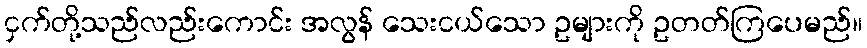
ငှက်တို့သည်လည်းကောင်း အလွန် သေးငယ်သော ဥများကို ဥတတ်ကြပေမည်။